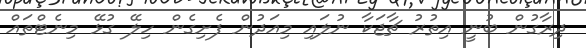
ދިރާގުން ބުނީ އިތުރު ޗާޖަކާ ނުލައި މިއަދުން ފެށިގެން ހިލޭ ގުޅޭ މިނެޓްތައް